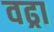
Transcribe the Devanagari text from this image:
वढ्रा